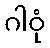
ဂါဝုံ